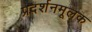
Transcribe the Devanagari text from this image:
प्रदर्शनमूलक